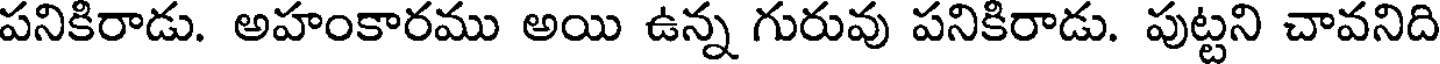
పనికిరాడు. అహంకారము అయి ఉన్న గురువు పనికిరాడు. పుట్టని చావనిది